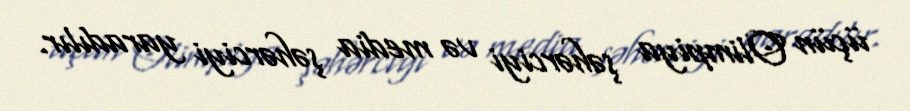
üçün Olimpiya şəhərciyi və media şəhərciyi yaradılır.